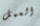
العمل